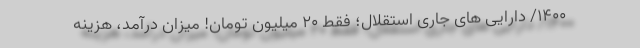
۱۴۰۰/ دارایی های جاری استقلال؛ فقط ۲۰ میلیون تومان! میزان درآمد، هزینه